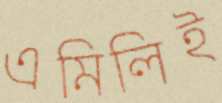
এমিলিই